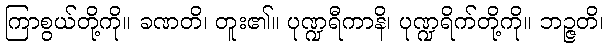
ကြာစွယ်တို့ကို။ ခဏတိ၊ တူး၏။ ပုဏ္ဍရီကာနိ၊ ပုဏ္ဍရိက်တို့ကို။ ဘဉ္ဇတိ၊